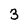
Character: 3